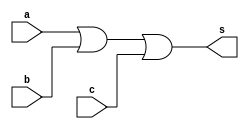
//-------------------------
//	Exemplo0015-OR
// Nome: Miguel Sousa
//-------------------------

//-------------------------
//--or gate
//-------------------------

module orgate ( output s,
						input a,
						input b,
						input c); 
 wire   temp1;

 or OR1 ( temp1, a ,  b );
 or OR2 ( s,  temp1 , c );
endmodule // orgate

//---------------------
//--test or gate
//---------------------
module testorgate;
//-------------------------dados locais
reg a, b, c; // definir registradores
wire s;
			// definir conexao (fio)
//-------------------------instancia
orgate OR1 (s, a, b, c);
//-------------------------preparacao
initial begin:start
				// atribuicao simultanea
				// dos valores iniciais
 a=0; b=0; c=0;
end
//-------------------------parte principal

initial begin
	$display("Exemplo0014 - Miguel Sousa - 463985");
	$display("Test OR gate");
	$display("\na & b & c = s\n");
	a=0; b=0; c=0;
#1	$display("%b & %b & %b = %b", a, b, c, s);
	a=0; b=0; c=1;
#1	$display("%b & %b & %b = %b", a, b, c, s);
	a=0; b=1; c=0;
#1	$display("%b & %b & %b = %b", a, b, c, s);
	a=0; b=1; c=1;
#1	$display("%b & %b & %b = %b", a, b, c, s);
	a=1; b=0; c=0;
#1	$display("%b & %b & %b = %b", a, b, c, s);
	a=1; b=0; c=1;
#1	$display("%b & %b & %b = %b", a, b, c, s);
	a=1; b=1; c=0;
#1	$display("%b & %b & %b = %b", a, b, c, s);
	a=1; b=1; c=1;
#1	$display("%b & %b & %b = %b", a, b, c, s);

end

endmodule // testorgate